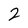
Character: 2